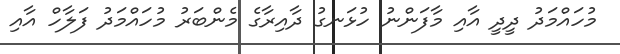
މުހައްމަދު ދީދީ އާއި މާފަންނު ހުޅަނގު ދާއިރާގެ މެންބަރު މުހައްމަދު ފަލާހް އާއި